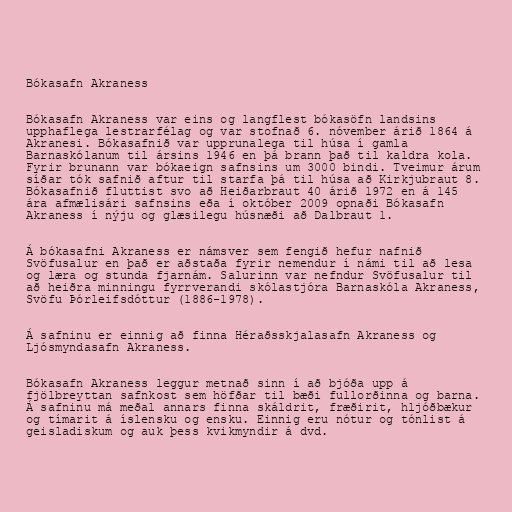
Bókasafn Akraness

Bókasafn Akraness var eins og langflest bókasöfn landsins
upphaflega lestrarfélag og var stofnað 6. nóvember árið 1864 á
Akranesi. Bókasafnið var upprunalega til húsa í gamla
Barnaskólanum til ársins 1946 en þá brann það til kaldra kola.
Fyrir brunann var bókaeign safnsins um 3000 bindi. Tveimur árum
síðar tók safnið aftur til starfa þá til húsa að Kirkjubraut 8.
Bókasafnið fluttist svo að Heiðarbraut 40 árið 1972 en á 145
ára afmælisári safnsins eða í október 2009 opnaði Bókasafn
Akraness í nýju og glæsilegu húsnæði að Dalbraut 1.

Á bókasafni Akraness er námsver sem fengið hefur nafnið
Svöfusalur en það er aðstaða fyrir nemendur í námi til að lesa
og læra og stunda fjarnám. Salurinn var nefndur Svöfusalur til
að heiðra minningu fyrrverandi skólastjóra Barnaskóla Akraness,
Svöfu Þórleifsdóttur (1886-1978).

Á safninu er einnig að finna Héraðsskjalasafn Akraness og
Ljósmyndasafn Akraness.

Bókasafn Akraness leggur metnað sinn í að bjóða upp á
fjölbreyttan safnkost sem höfðar til bæði fullorðinna og barna.
Á safninu má meðal annars finna skáldrit, fræðirit, hljóðbækur
og tímarit á íslensku og ensku. Einnig eru nótur og tónlist á
geisladiskum og auk þess kvikmyndir á dvd.